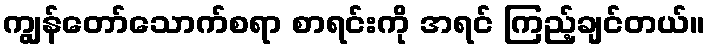
ကျွန်တော်သောက်စရာ စာရင်းကို အရင် ကြည့်ချင်တယ်။